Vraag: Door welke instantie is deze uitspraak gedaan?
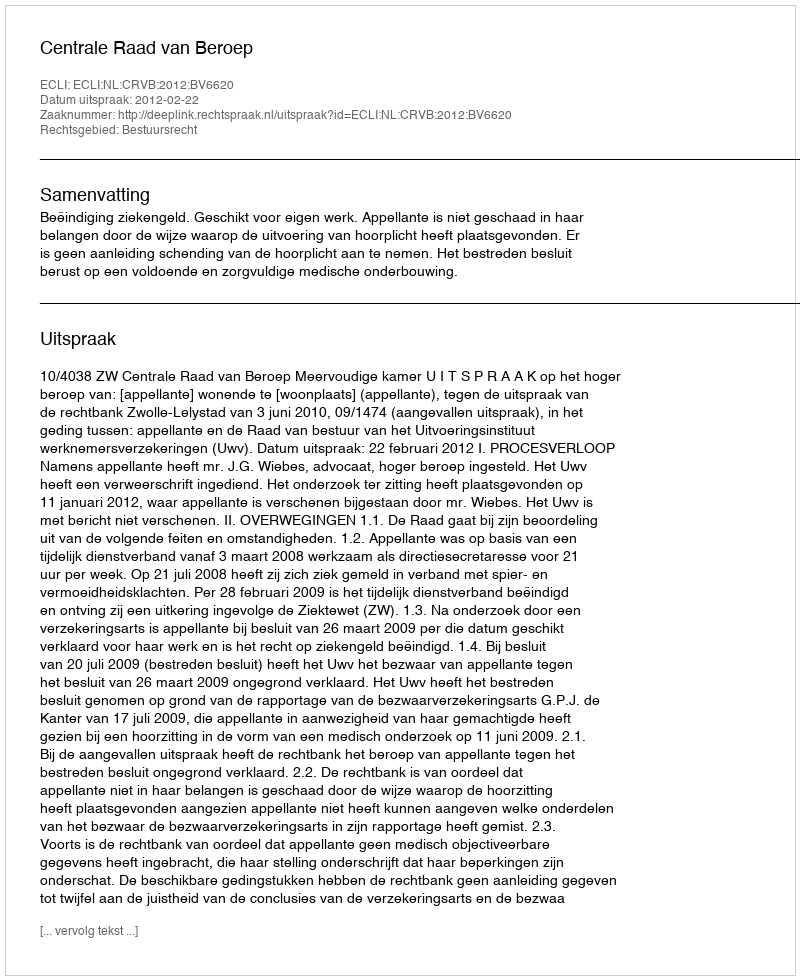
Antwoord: Centrale Raad van Beroep